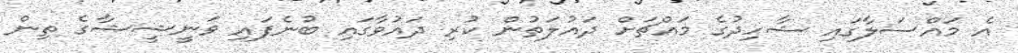
އެ މައްސަލާގައި ޝާހިދުގެ މައްޗަށް ދައުލަތުން ކުރި ދައުވާގައި ބުނެފައި ވަނީޝީޝާގެ ތިން